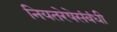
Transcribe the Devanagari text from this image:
नियतरेषेसंबंधी